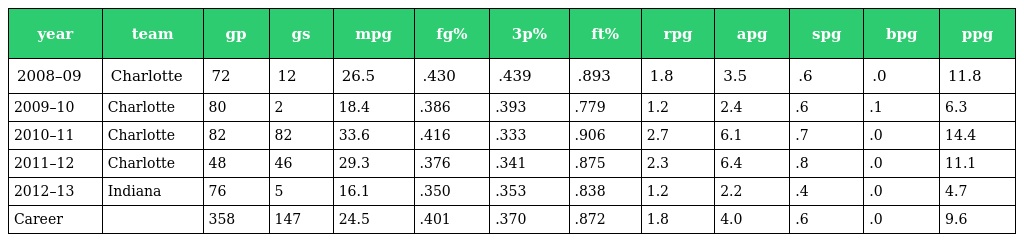
| year | team | gp | gs | mpg | fg% | 3p% | ft% | rpg | apg | spg | bpg | ppg |
 | --- | --- | --- | --- | --- | --- | --- | --- | --- | --- | --- | --- | --- |
 | 2008–09 | Charlotte | 72 | 12 | 26.5 | .430 | .439 | .893 | 1.8 | 3.5 | .6 | .0 | 11.8 |
 | 2009–10 | Charlotte | 80 | 2 | 18.4 | .386 | .393 | .779 | 1.2 | 2.4 | .6 | .1 | 6.3 |
 | 2010–11 | Charlotte | 82 | 82 | 33.6 | .416 | .333 | .906 | 2.7 | 6.1 | .7 | .0 | 14.4 |
 | 2011–12 | Charlotte | 48 | 46 | 29.3 | .376 | .341 | .875 | 2.3 | 6.4 | .8 | .0 | 11.1 |
 | 2012–13 | Indiana | 76 | 5 | 16.1 | .350 | .353 | .838 | 1.2 | 2.2 | .4 | .0 | 4.7 |
 | Career |  | 358 | 147 | 24.5 | .401 | .370 | .872 | 1.8 | 4.0 | .6 | .0 | 9.6 |